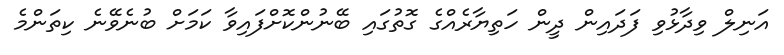
އަނިލް ވިދާޅުވި ފަދައިން ދީން ހަތިޔާރެއްގެ ގޮތުގައި ބޭނުންކޮށްފައިވާ ކަމަށް ބުނެވޭނެ ކިތަންމެ